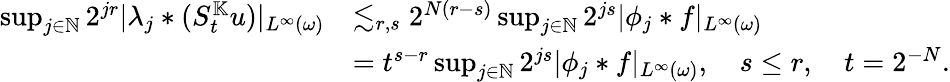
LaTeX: \begin{array}{rl}{\operatorname*{sup}_{j\in\mathbb{N}}2^{jr}|\lambda_{j}\ast(S_{t}^{\mathbb{K}}u)|_{L^{\infty}(\omega)}}&{\lesssim_{r,s}2^{N(r-s)}\operatorname*{sup}_{j\in\mathbb{N}}2^{js}|\phi_{j}\ast f|_{L^{\infty}(\omega)}}\\ &{=t^{s-r}\operatorname*{sup}_{j\in\mathbb{N}}2^{js}|\phi_{j}\ast f|_{L^{\infty}(\omega)},\quad s\leq r,\quad t=2^{-N}.}\end{array}